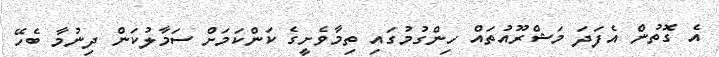
އެ ގޮތުން އެފަދަ މަޝްރޫއުތައް ހިންގުމުގައި ތިމާވެށީގެ ކަންކަމަށް ސަމާލުކަން ދިނުމާ ބެހޭ